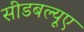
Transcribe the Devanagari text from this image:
सीडबल्यूए